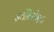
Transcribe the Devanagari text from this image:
सर्वनिरपेक्षता